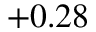
+ 0 . 2 8